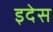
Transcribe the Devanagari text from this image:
इदेस